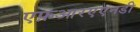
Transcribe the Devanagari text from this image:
एफ़आरएएनडी